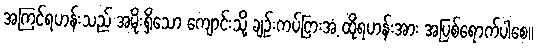
အကြင်ရဟန်းသည် အမိုးရှိသော ကျောင်းသို့ ချဉ်းကပ်ငြားအံ့ ထိုရဟန်းအား အပြစ်ရောက်ပါစေ။